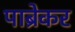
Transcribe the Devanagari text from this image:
पाब्रेकर